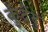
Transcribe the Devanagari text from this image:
कुंदेंदु